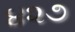
૪૨૭